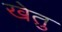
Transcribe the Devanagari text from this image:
खेतु